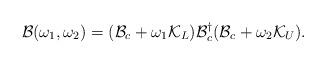
LaTeX: \begin{align*}\mathcal{B}(\omega_{1},\omega_{2})=(\mathcal{B}_{c}+\omega_{1}\mathcal{K}_{L})\mathcal{B}_{c}^{\dag}(\mathcal{B}_{c}+\omega_{2}\mathcal{K}_{U}).\end{align*}